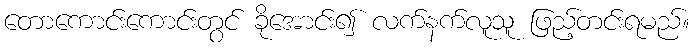
တောကောင်းကောင်းတွင် ခိုအောင်း၍ လက်နက်လူသူ ဖြည့်တင်းရမည်။